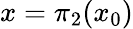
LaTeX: x=\pi_{2}(x_{0})